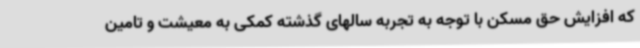
که افزایش حق مسکن با توجه به تجربه سالهای گذشته کمکی به معیشت و تامین